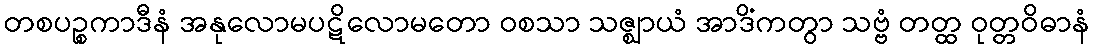
တစပဉ္စကာဒီနံ အနုလောမပဋိလောမတော ဝစသာ သဇ္ဈာယံ အာဒိံကတွာ သဗ္ဗံ တတ္ထ ဝုတ္တဝိဓာနံ